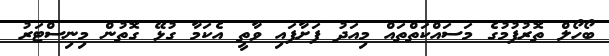
ބޯހޯލް ތޮރުފުމުގެ މަސައްކަތްތައް މިއަދު ފަށާފައި ވާތީ އެކަމާ ގުޅޭ ގޮތުން މިނިސްޓަރު